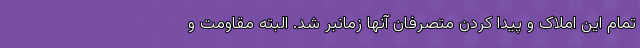
تمام این املاک و پیدا کردن متصرفان آنها زمانبر شد. البته مقاومت و